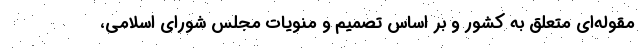
مقوله‌ای متعلق به کشور و بر اساس تصمیم و منویات مجلس شورای اسلامی،